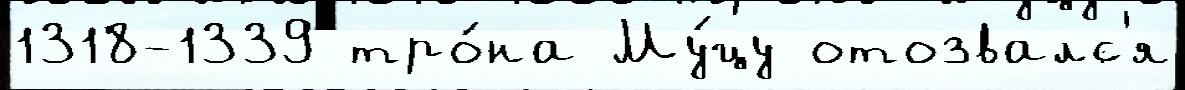
1318-1339 тро́на Му́цу отозвалс'я